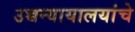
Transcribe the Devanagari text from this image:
उच्चन्यायालयांचे